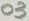
Text: O3